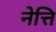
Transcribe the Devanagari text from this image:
नेत्ति